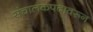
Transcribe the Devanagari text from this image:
संचालकपदावरून